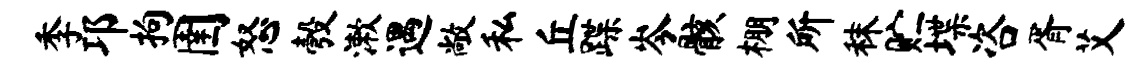
季邛拘圉怒彀漱遇敞私丘蹀岑骸棚所秣贮堞咨胥艾